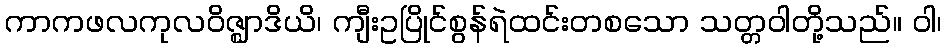
ကာကဖလကုလဝိဇ္ဈာဒိယိ၊ ကျီးဥပြိုင်စွန်ရဲထင်းတစသော သတ္တဝါတို့သည်။ ဝါ၊